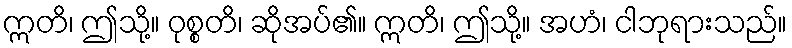
ဣတိ၊ ဤသို့။ ဝုစ္စတိ၊ ဆိုအပ်၏။ ဣတိ၊ ဤသို့။ အဟံ၊ ငါဘုရားသည်။